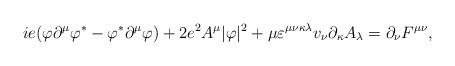
LaTeX: \begin{align*}ie(\varphi \partial ^{\mu }\varphi ^{\ast }-\varphi ^{\ast }\partial ^{\mu}\varphi )+2e^{2}A^{\mu }|\varphi |^{2}+\mu \varepsilon ^{\mu \nu \kappa\lambda }v_{\nu }\partial _{\kappa }A_{\lambda }=\partial _{\nu }F^{\mu \nu}, \end{align*}